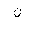
Letter: _non